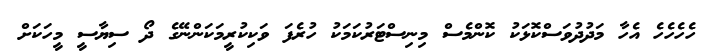
ހެހެހެހެ އެހާ މަދުދުވަސްކޮޅަކު ކޮންމެސް މިނިސްޓަރުކަމަކު ހުރެފަ ވަކިކުރީމަކަންނޭގެ ދޯ ސިޔާސީ މީހަކަށް